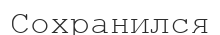
Сохранился